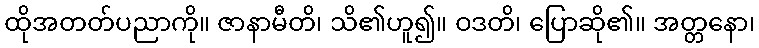
ထိုအတတ်ပညာကို။ ဇာနာမီတိ၊ သိ၏ဟူ၍။ ဝဒတိ၊ ပြောဆို၏။ အတ္တနော၊